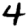
Digit: 4